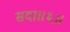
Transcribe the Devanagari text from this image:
सदा॥६॥